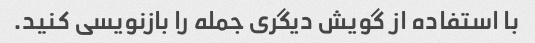
با استفاده از گویش دیگری جمله را بازنویسی کنید.